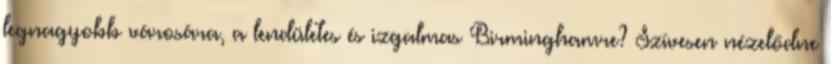
legnagyobb városára, a lendületes és izgalmas Birminghamre? Szívesen nézelődne